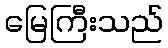
မြေကြီးသည်